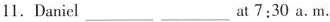
11. Daniel ___ ___ at 7:30 a.m.